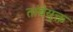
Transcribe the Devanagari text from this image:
तांबेयुक्त